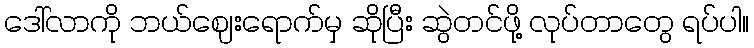
ဒေါ်လာကို ဘယ်ဈေးရောက်မှ ဆိုပြီး ဆွဲတင်ဖို့ လုပ်တာတွေ ရပ်ပါ။